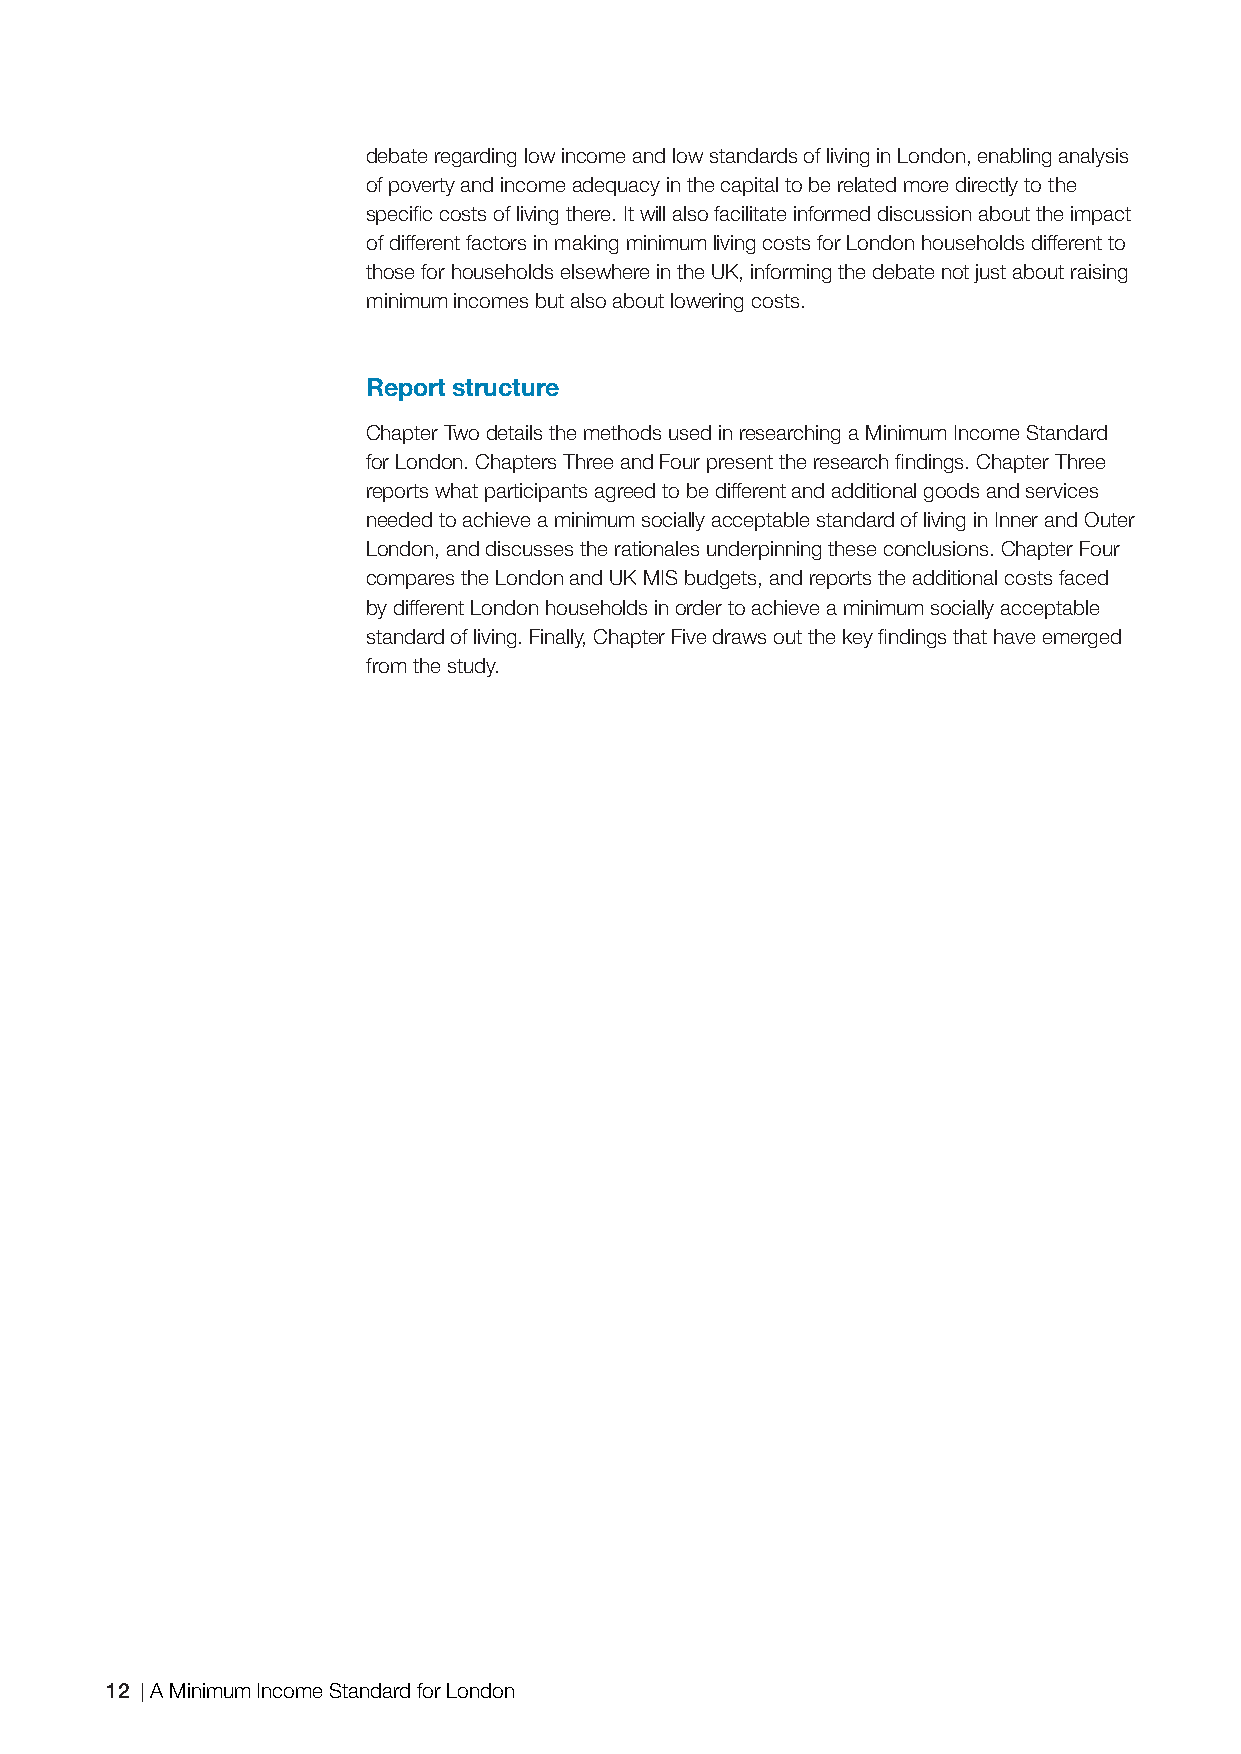
debate regarding low income and low standards of living in London, enabling analysis
 of poverty and income adequacy in the capital to be related more directly to the
 specifi c costs of living there. It will also facilitate informed discussion about the impact
 of different factors in making minimum living costs for London households different to
 those for households elsewhere in the UK, informing the debate not just about raising
 minimum incomes but also about lowering costs.
 Report structure
 Chapter Two details the methods used in researching a Minimum Income Standard
 for London. Chapters Three and Four present the research fi ndings. Chapter Three
 reports what participants agreed to be different and additional goods and services
 needed to achieve a minimum socially acceptable standard of living in Inner and Outer
 London, and discusses the rationales underpinning these conclusions. Chapter Four
 compares the London and UK MIS budgets, and reports the additional costs faced
 by different London households in order to achieve a minimum socially acceptable
 standard of living. Finally, Chapter Five draws out the key fi ndings that have emerged
 from the study.
 12 A Minimum Income Standard for London